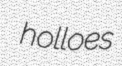
holloes